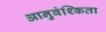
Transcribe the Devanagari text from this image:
आनुवंश्किता